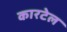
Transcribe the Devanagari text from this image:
कारटेल